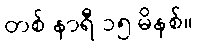
တစ် နာရီ ၁၅ မိနစ်။